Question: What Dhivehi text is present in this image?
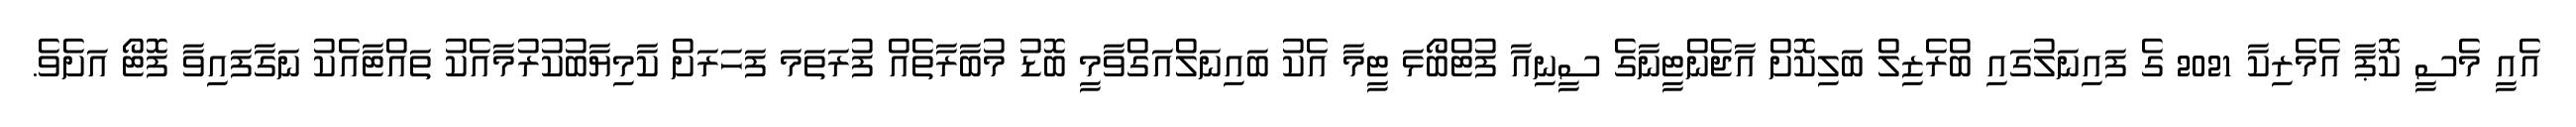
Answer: އެއީ މެސީ ކޮޕާ އެމެރިކާ 2021 ގެ ފައިނަލުގައި ބްރެޒިލް ބަލިކޮށް އާޖެންޓީނާގެ ސީނިއާ ފުޓްބޯޅަ ޓީމާ އެކު ބައިނަލްއަގްވާމީ ބޮޑު މުބާރާތެއް ފުރަތަމަ ފަހަރަށް ކާމިޔާބުކުރުމާއެކު ތައްޓާއެކު ނަގާފައިވާ ފޮޓޯ އަށެވެ.